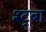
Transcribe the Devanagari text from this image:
श्ट्रबा